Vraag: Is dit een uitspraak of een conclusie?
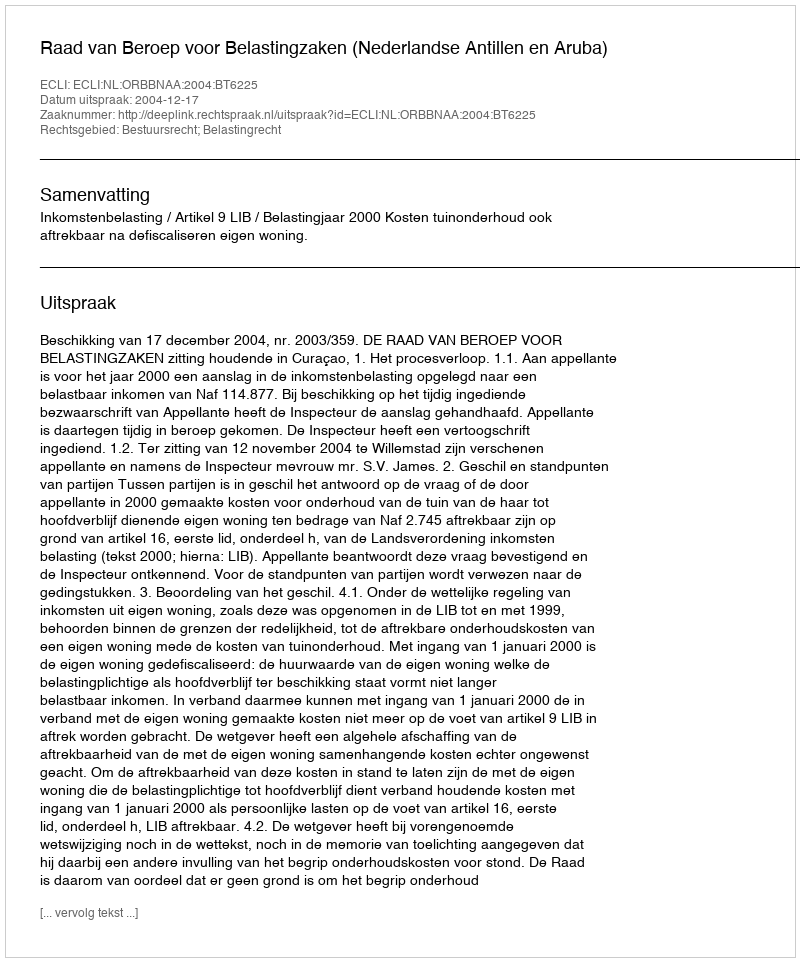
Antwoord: Uitspraak